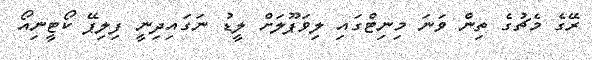
ރޭގެ މެޗުގެ ތިން ވަނަ މިނިޓްގައި ލިވަޕޫލަށް ލީޑު ނަގައިދިނީ ފިލިޕޭ ކޯޓީނިއޯ